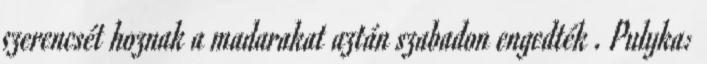
szerencsét hoznak a madarakat aztán szabadon engedték . Pulyka: